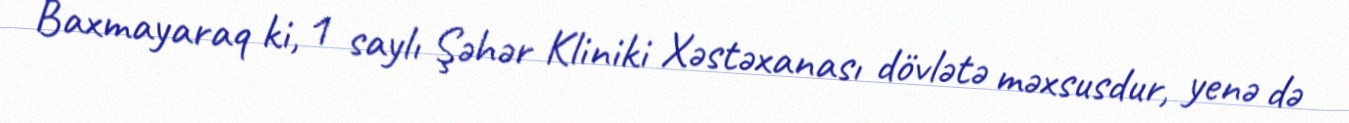
Baxmayaraq ki, 1 saylı Şəhər Kliniki Xəstəxanası dövlətə məxsusdur, yenə də